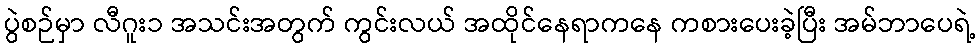
ပွဲစဉ်မှာ လီဂူး၁ အသင်းအတွက် ကွင်းလယ် အထိုင်နေရာကနေ ကစားပေးခဲ့ပြီး အမ်ဘာပေရဲ့